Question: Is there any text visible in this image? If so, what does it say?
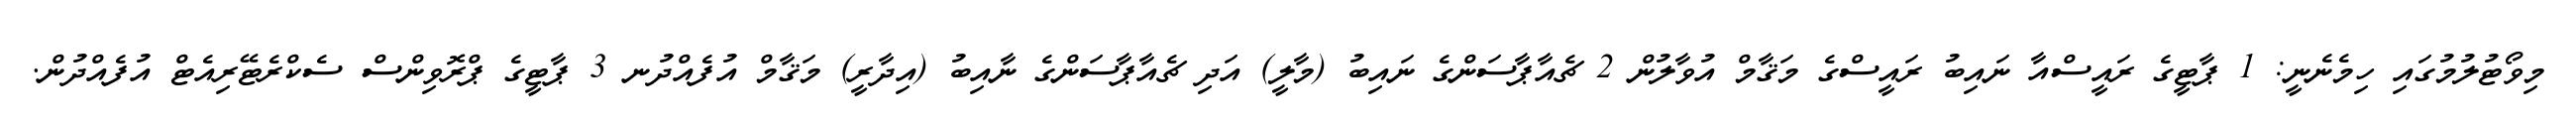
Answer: މިވޯޓުލުމުގައި ހިމެނެނީ: 1 ޕާޓީގެ ރައީސްއާ ނައިބު ރައީސްގެ މަޤާމް އުވާލުން 2 ޗެއާޕާސަންގެ ނައިބު (މާލީ) އަދި ޗެއާޕާސަންގެ ނާއިބު (އިދާރީ) މަޤާމް އުފެއްދުނ 3 ޕާޓީގެ ޕްރޮވިންސް ސެކްރެޓޭރިއެޓް އުފެއްދުން.